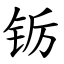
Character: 䥿